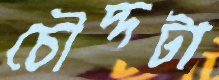
চৌদ্দটা